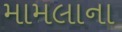
મામલાના